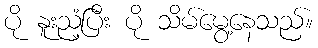
ပို နူးညံ့ပြီး ပို သိမ်မွေ့နေသည်။